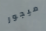
ميجور